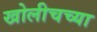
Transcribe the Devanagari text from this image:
खोलीचच्या